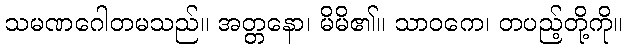
သမဏဂေါတမသည်။ အတ္တနော၊ မိမိ၏။ သာဝကေ၊ တပည့်တို့ကို။